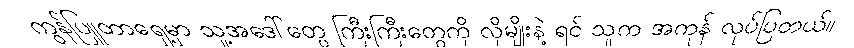
ကွန်ပြူတာရှေ့မှာ သူ့အဒေါ်တွေ ကြီးကြီးတွေကို လိုမျိုးနဲ့ ရင် သူက အကုန် လုပ်ပြတယ်။